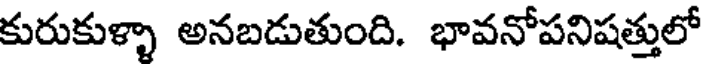
కురుకుళ్ళా అనబడుతుంది. భావనోపనిషత్తులో